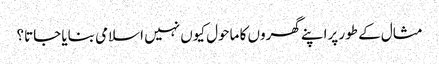
مثال کے طور پراپنے گھروں کا ماحول کیوں نہیں اسلامی بنایا جاتا؟